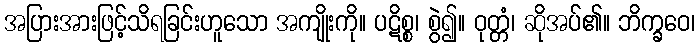
အပြားအားဖြင့်သိရခြင်းဟူသော အကျိုးကို။ ပဋိစ္စ၊ စွဲ၍။ ဝုတ္တံ၊ ဆိုအပ်၏။ ဘိက္ခဝေ၊